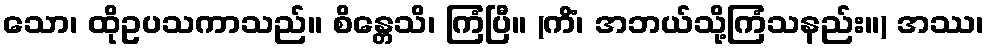
သော၊ ထိုဥပသကာသည်။ စိန္တေသိ၊ ကြံပြီ။ (ကိံ၊ အဘယ်သို့ကြံသနည်း။) အဿ၊